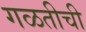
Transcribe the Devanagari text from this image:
गळतीची